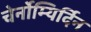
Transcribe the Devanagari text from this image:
चेर्नोम्यिर्दिन